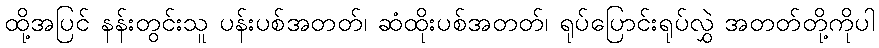
ထို့အပြင် နန်းတွင်းသူ ပန်းပစ်အတတ်၊ ဆံထိုးပစ်အတတ်၊ ရုပ်ပြောင်းရုပ်လွှဲ အတတ်တို့ကိုပါ